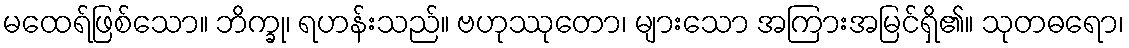
မထေရ်ဖြစ်သော။ ဘိက္ခု၊ ရဟန်းသည်။ ဗဟုဿုတော၊ များသော အကြားအမြင်ရှိ၏။ သုတဓရော၊